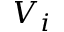
V _ { i }